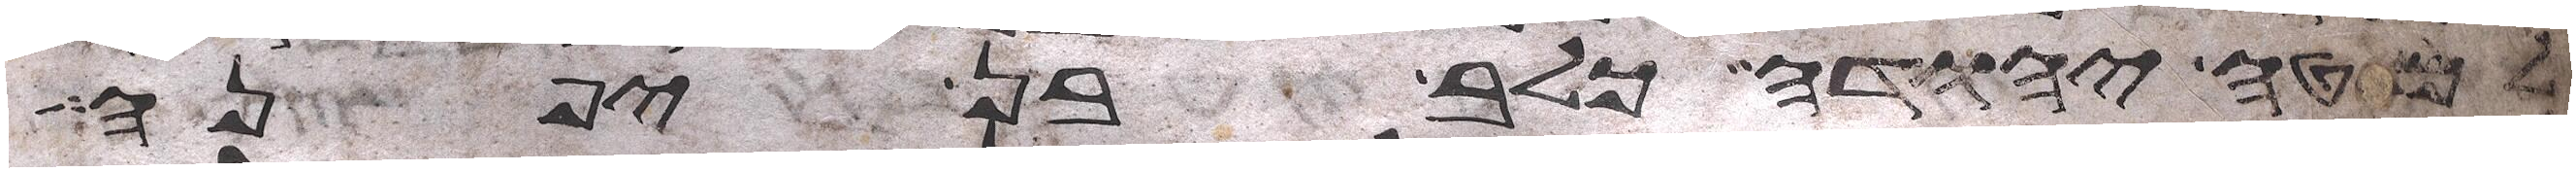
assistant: למטה יהודה כלב בן יפנה